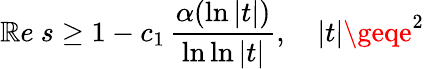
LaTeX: \mathbb{R}e\ s\geq1-c_{1}\, {\frac{{\alpha(\ln|t|)}}{{\ln\ln|t|}}},\quad|t|\geqe^{2}